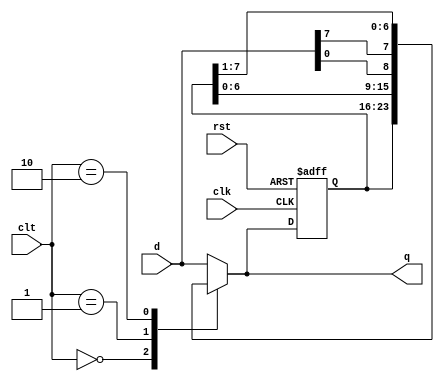
module uni_shift #(parameter N=8)(
  input wire clk,rst,
  input wire [1:0] clt,
  input wire [N-1:0] d,
  output wire [N-1:0] q
);
  reg [N-1:0] r_reg,r_nxt;

  always@(posedge clk,posedge rst)
    if(rst)
      r_reg <=0;
    else
      r_reg<=r_nxt;

  always @*
    case(clt)
      2'b00 : r_nxt = r_reg;
      2'b01 : r_nxt = {r_reg[N-2:0],d[0]};
      2'b10 : r_nxt = {d[N-1],r_reg[N-1:1]};
      default : r_nxt = d;
    endcase
  assign q = r_nxt;
endmodule